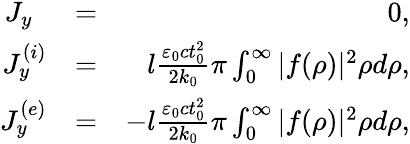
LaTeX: \begin{array}{rlr}{J_{y}\, \, \, }&{=}&{0,}\\ {J_{y}^{(i)}}&{=}&{l\frac{\varepsilon_{0}ct_{0}^{2}}{2k_{0}}\pi\int_{0}^{\infty}|f(\rho)|^{2}\rho d\rho,}\\ {J_{y}^{(e)}}&{=}&{-l\frac{\varepsilon_{0}ct_{0}^{2}}{2k_{0}}\pi\int_{0}^{\infty}|f(\rho)|^{2}\rho d\rho,}\end{array}